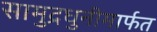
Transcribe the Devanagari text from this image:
सामुद्रधुनीमार्फत